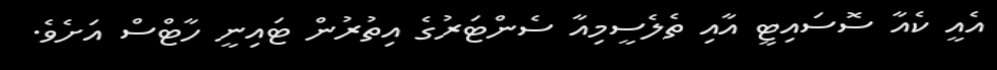
އެއީ ކެއާ ސޮސައިޓީ އާއި ތެލެސީމިއާ ސެންޓަރުގެ އިތުރުން ޓައިނީ ހާޓްސް އަށެވެ.